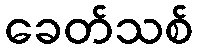
ခေတ်သစ်